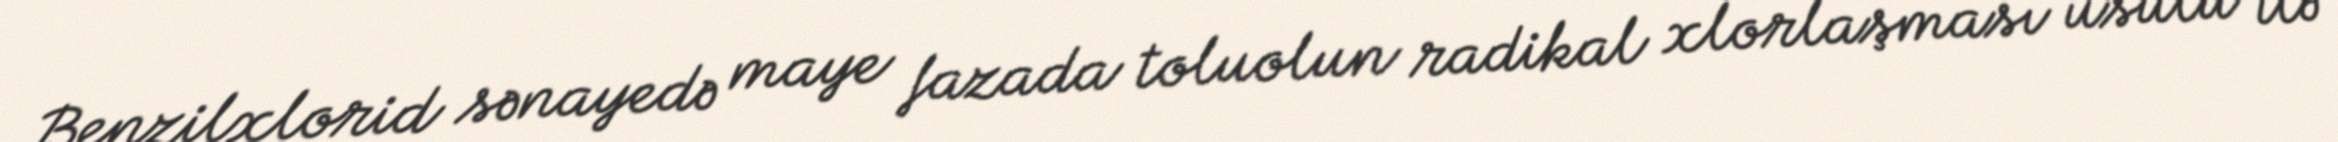
Benzilxlorid sənayedə maye fazada toluolun radikal xlorlaşması üsulu ilə